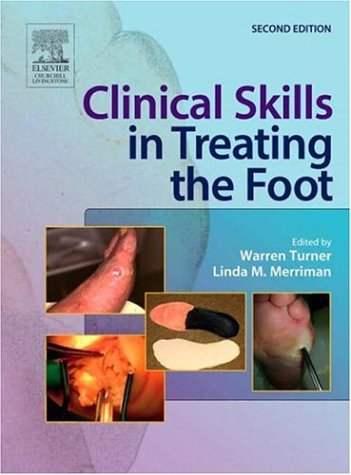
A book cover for Clinical Skills in Treating the Foot, 2e; Warren Turner BSc(Hons)  DpodM; Medical Books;